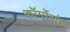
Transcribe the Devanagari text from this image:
कॉर्मोरांट